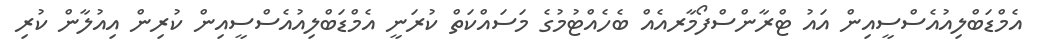
އެމްޑަބްލިއުއެސްސީއިން އައު ޓްރާންސްފޯމާރއެއް ބެހެއްޓުމުގެ މަސައްކަތް ކުރަނީ އެމްޑަބްލިއުއެސްސީއިން ކުރިން އިއުލާން ކުރި